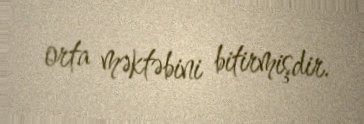
orta məktəbini bitirmişdir.